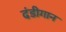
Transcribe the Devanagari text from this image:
दंडीगान